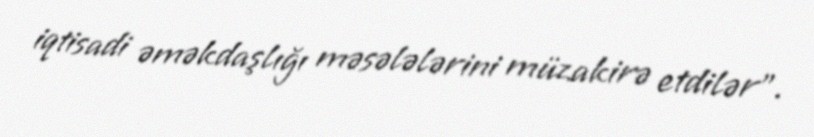
iqtisadi əməkdaşlığı məsələlərini müzakirə etdilər”.